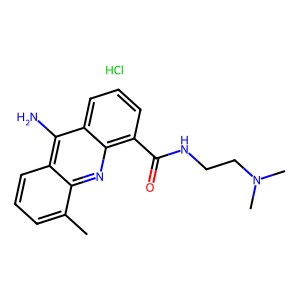
SMILES: Cc1cccc2c(N)c3cccc(C(=O)NCCN(C)C)c3nc12.Cl
Inhibits HIV replication: No